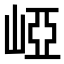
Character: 𡹄